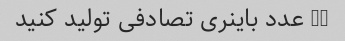
10 عدد باینری تصادفی تولید کنید